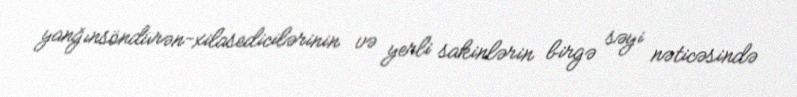
yanğınsöndürən-xilasedicilərinin və yerli sakinlərin birgə səyi nəticəsində